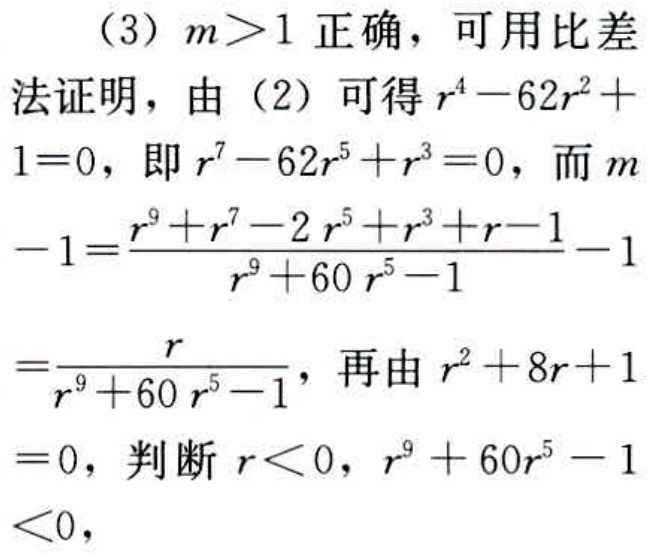
（3）\(m > 1\) 正确，可用比差法证明，由（2）可得\(r^{4}-62r^{2}+1 = 0\)，即\(r^{7}-62r^{5}+r^{3}=0\)，而\(m - 1=\frac{r^{9}+r^{7}-2r^{5}+r^{3}+r - 1}{r^{9}+60r^{5}-1}-1=\frac{r}{r^{9}+60r^{5}-1}\)，再由\(r^{2}+8r + 1 = 0\)，判断\(r<0\)，\(r^{9}+60r^{5}-1<0\)，